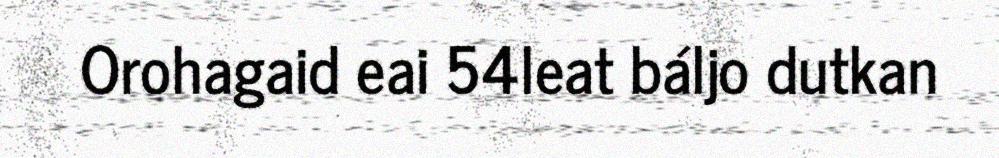
Orohagaid eai 54leat báljo dutkan